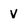
Character: v